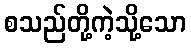
စသည်တို့ကဲ့သို့သော